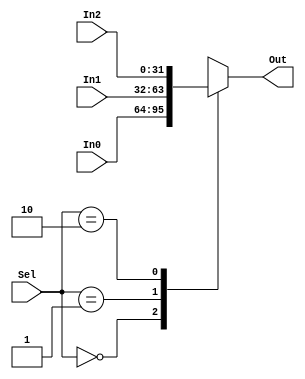
module Mux32_3to1 (Sel,In0,In1,In2,Out);

	input[1:0] Sel;
	input[31:0] In0, In1, In2;

	output[31:0] Out;
		reg[31:0] Out;

	always @(Sel or In0 or In1 or In2)
	begin
		case(Sel)	// synopsys full_case
		2'b00: Out = In0;
		2'b01: Out = In1;
		2'b10: Out = In2;
		endcase
	end

endmodule